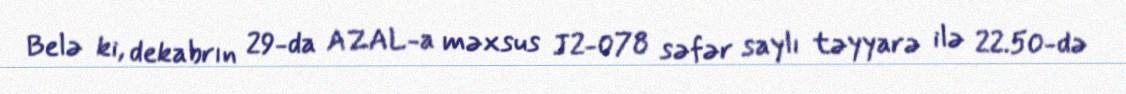
Belə ki, dekabrın 29-da AZAL-a məxsus J2-078 səfər saylı təyyarə ilə 22.50-də